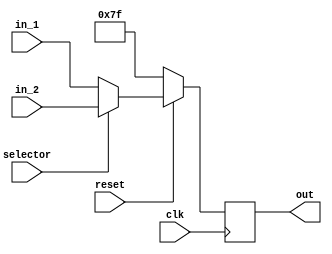
module mux(clk, reset, in_1, in_2, out, selector);
    input [6:0] in_1, in_2;
    output reg [6:0] out;
    input clk, reset, selector;

    initial begin
	out = 7'b1111111;
    end

    always@(posedge clk) begin
	if(reset == 1'b0) begin
            out = 7'b1111111;
	end
	else if(selector == 1'b0) begin
	    out = in_1;
	end
	else begin
	    out = in_2;
	end
    end
endmodule